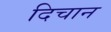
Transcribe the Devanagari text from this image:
दिचान